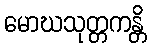
မောဃသုတ္တကန္တိ